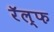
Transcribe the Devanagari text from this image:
रॅल्फ